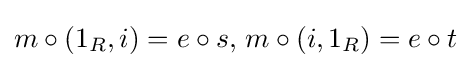
m\circ (1_{R},i)=e\circ s,\,m\circ (i,1_{R})=e\circ t